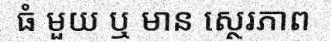
ធំ មួយ ឬ មាន ស្ថេរភាព